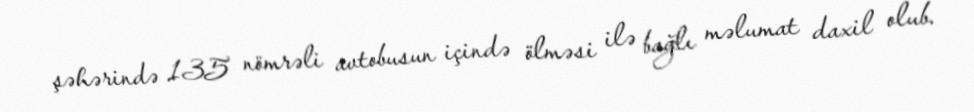
şəhərində 135 nömrəli avtobusun içində ölməsi ilə bağlı məlumat daxil olub.